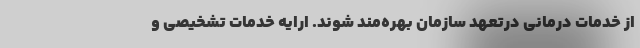
از خدمات درمانی درتعهد سازمان بهره‌مند شوند. ارایه خدمات تشخیصی و